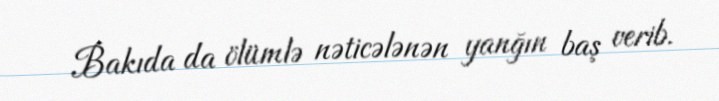
Bakıda da ölümlə nəticələnən yanğın baş verib.